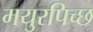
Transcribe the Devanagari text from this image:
मयुरपिच्छ